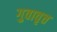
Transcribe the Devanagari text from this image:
गुवावृत्त